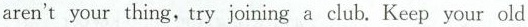
aren't your thing,try joining a club. Keep your old